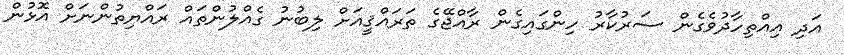
އަދި އިއްތިހާދުވެގެން ސަރުކާރު ހިންގައިގެން ރާއްޖޭގެ ތަރައްޤީއަށް ލިބުނު ގެއްލުންތައް ރައްޔިތުންނަށް އޮޅުން